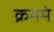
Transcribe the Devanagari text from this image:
क्रममे